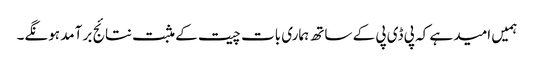
ہمیں امید ہے کہ پی ڈی پی کے ساتھ ہماری بات چیت کے مثبت نتائج بر آمد ہونگے۔